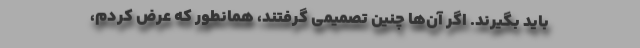
باید بگیرند. اگر آن‌ها چنین تصمیمی‌ ‌گرفتند، همانطور که عرض کردم،